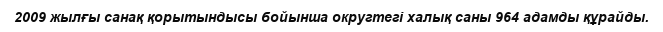
2009 жылғы санақ қорытындысы бойынша округтегі халық саны 964 адамды құрайды.